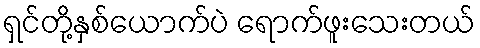
ရှင်တို့နှစ်ယောက်ပဲ ရောက်ဖူးသေးတယ်